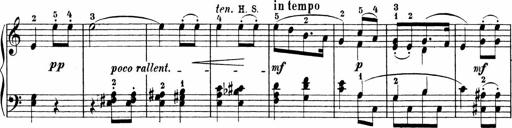
Title: 3 Sonatinas
Composer: Carl Reinecke